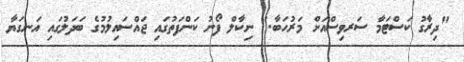
"ދިރާގު ކަސްޓަމާ ސަރވިސްއަށް މަރުހަބާ." ނިކާލް ފޯނު ކަންފަތުގައި ޖައްސައިލުމުގެ ބަދަލުގައި އަނގަޔާ